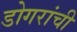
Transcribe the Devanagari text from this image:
डोगरांची